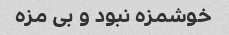
خوشمزه نبود و بی مزه